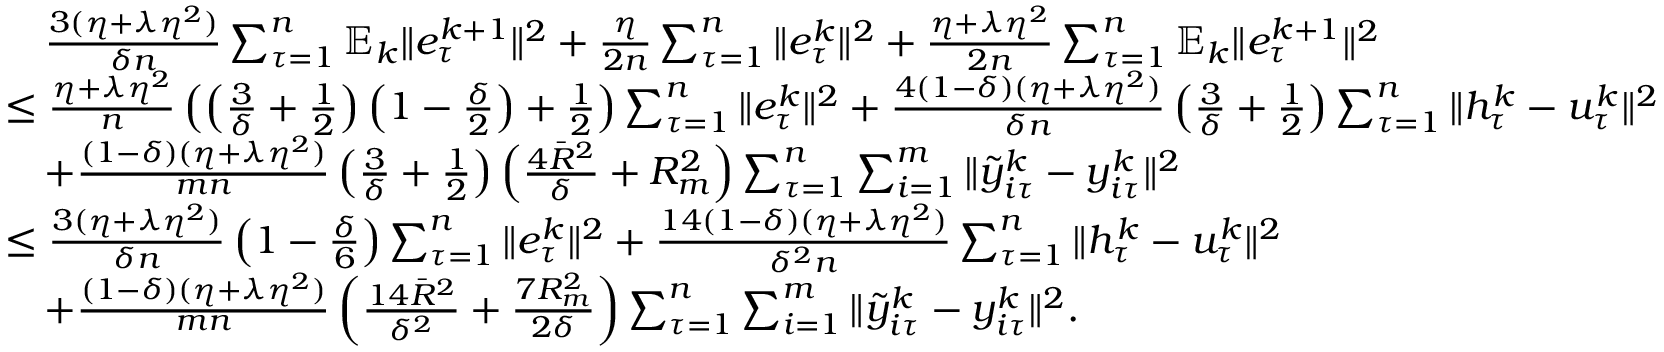
\begin{array} { r l } & { \quad \frac { 3 ( \eta + \lambda \eta ^ { 2 } ) } { \delta n } \sum _ { \tau = 1 } ^ { n } \mathbb { E } _ { k } \| e _ { \tau } ^ { k + 1 } \| ^ { 2 } + \frac { \eta } { 2 n } \sum _ { \tau = 1 } ^ { n } \| e _ { \tau } ^ { k } \| ^ { 2 } + \frac { \eta + \lambda \eta ^ { 2 } } { 2 n } \sum _ { \tau = 1 } ^ { n } \mathbb { E } _ { k } \| e _ { \tau } ^ { k + 1 } \| ^ { 2 } } \\ & { \leq \frac { \eta + \lambda \eta ^ { 2 } } { n } \left( \left( \frac { 3 } { \delta } + \frac { 1 } { 2 } \right) \left( 1 - \frac { \delta } { 2 } \right) + \frac { 1 } { 2 } \right) \sum _ { \tau = 1 } ^ { n } \| e _ { \tau } ^ { k } \| ^ { 2 } + \frac { 4 ( 1 - \delta ) ( \eta + \lambda \eta ^ { 2 } ) } { \delta n } \left( \frac { 3 } { \delta } + \frac { 1 } { 2 } \right) \sum _ { \tau = 1 } ^ { n } \| h _ { \tau } ^ { k } - u _ { \tau } ^ { k } \| ^ { 2 } } \\ & { \quad + \frac { ( 1 - \delta ) ( \eta + \lambda \eta ^ { 2 } ) } { m n } \left( \frac { 3 } { \delta } + \frac { 1 } { 2 } \right) \left( \frac { 4 { \bar { R } } ^ { 2 } } { \delta } + R _ { m } ^ { 2 } \right) \sum _ { \tau = 1 } ^ { n } \sum _ { i = 1 } ^ { m } \| { \tilde { y } } _ { i \tau } ^ { k } - y _ { i \tau } ^ { k } \| ^ { 2 } } \\ & { \leq \frac { 3 ( \eta + \lambda \eta ^ { 2 } ) } { \delta n } \left( 1 - \frac { \delta } { 6 } \right) \sum _ { \tau = 1 } ^ { n } \| e _ { \tau } ^ { k } \| ^ { 2 } + \frac { 1 4 ( 1 - \delta ) ( \eta + \lambda \eta ^ { 2 } ) } { \delta ^ { 2 } n } \sum _ { \tau = 1 } ^ { n } \| h _ { \tau } ^ { k } - u _ { \tau } ^ { k } \| ^ { 2 } } \\ & { \quad + \frac { ( 1 - \delta ) ( \eta + \lambda \eta ^ { 2 } ) } { m n } \left( \frac { 1 4 { \bar { R } } ^ { 2 } } { \delta ^ { 2 } } + \frac { 7 R _ { m } ^ { 2 } } { 2 \delta } \right) \sum _ { \tau = 1 } ^ { n } \sum _ { i = 1 } ^ { m } \| { \tilde { y } } _ { i \tau } ^ { k } - y _ { i \tau } ^ { k } \| ^ { 2 } . } \end{array}